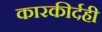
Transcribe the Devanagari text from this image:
कारकीर्दही